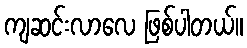
ကျဆင်းလာလေ ဖြစ်ပါတယ်။